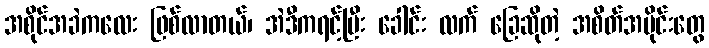
အစိုင်အခဲကလေး ဖြစ်လာတယ်၊ အဲဒီကရင့်ပြီး ခေါင်း လက် ခြေဆိုတဲ့ အစိတ်အပိုင်းတွေ